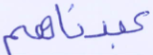
عبدناهم